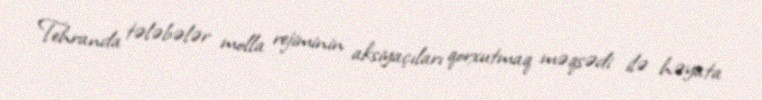
Tehranda tələbələr molla rejiminin aksiyaçıları qorxutmaq məqsədi ilə həyata